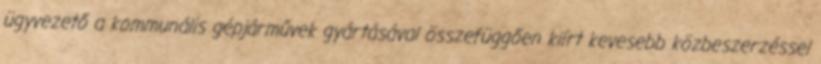
ügyvezető a kommunális gépjárművek gyártásával összefüggően kiírt kevesebb közbeszerzéssel